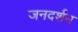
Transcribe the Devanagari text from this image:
जनदर्शन